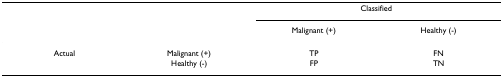
<table><thead><tr><td></td><td></td><td colspan="2"><b>Classified</b></td></tr><tr><td></td><td></td><td><b>Malignant (+)</b></td><td><b>Healthy (-)</b></td></tr></thead><tbody><tr><td>Actual</td><td>Malignant (+)</td><td>TP</td><td>FN</td></tr><tr><td></td><td>Healthy (-)</td><td>FP</td><td>TN</td></tr></tbody></table>